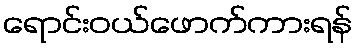
ရောင်းဝယ်ဖောက်ကားရန်